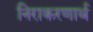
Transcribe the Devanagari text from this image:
निराकरणार्थ